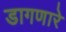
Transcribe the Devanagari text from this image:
डागणारे